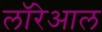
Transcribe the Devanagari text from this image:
लॉरेआल